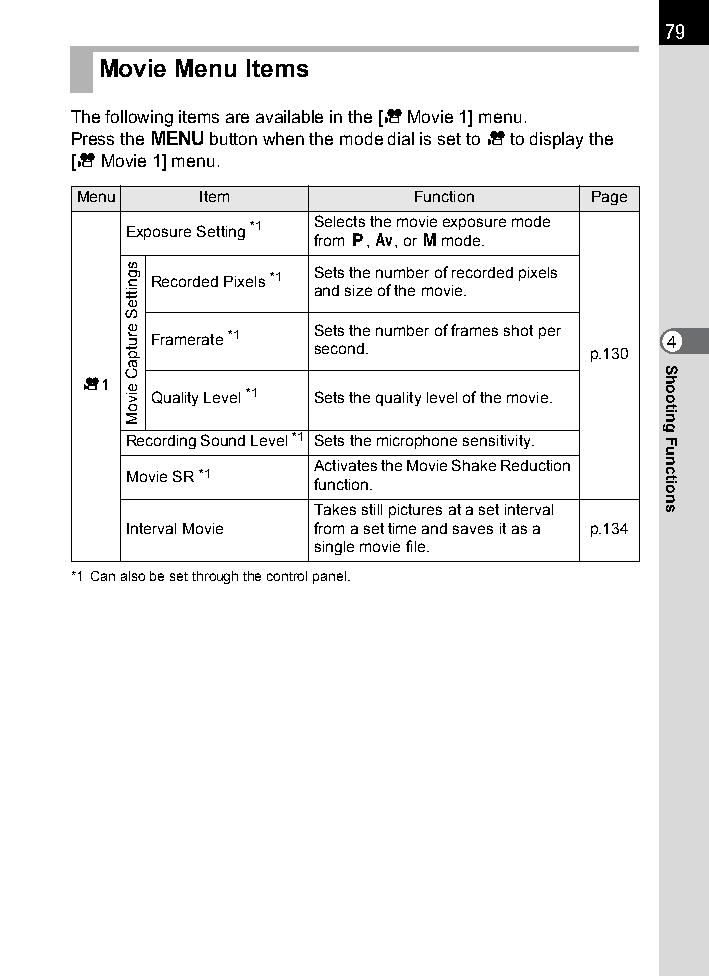
79
 Movie Menu Items
 The following items are available in the [C Movie 1] menu.
 Press the 3 button when the mode dial is set to C to display the
 [CMovie 1] menu.
 Menu    Item          Function    Page
 Exposure Setting *1 Selects the movie exposure mode
 from e, c, or a mode.
 Recorded Pixels *1 Sets the number of recorded pixels
 and size of the movie.
 Framerate *1 Sets the number of frames shot per 4
 second.           p.130
 C1   Quality Level *1 Sets the quality level of the movie.
 Recording Sound Level *1 Sets the microphone sensitivity.
 Activates the Movie Shake Reduction
 Movie SR *1
 function.
 Takes still pictures at a set interval
 Interval Movie from a set time and saves it as a p.134
 single movie file.
 *1 Can also be set through the control panel.
 sgnitteS
 erutpaC
 eivoM
 Shooting
 Functions